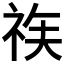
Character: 𱵉